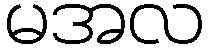
မအလ